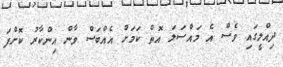
ދިއްލީގައި ވެސް އެ މައްސަލަ އޮތް ކަމަށް އެއްބަސް ވާން އިންކާރު ކޮށްފަ